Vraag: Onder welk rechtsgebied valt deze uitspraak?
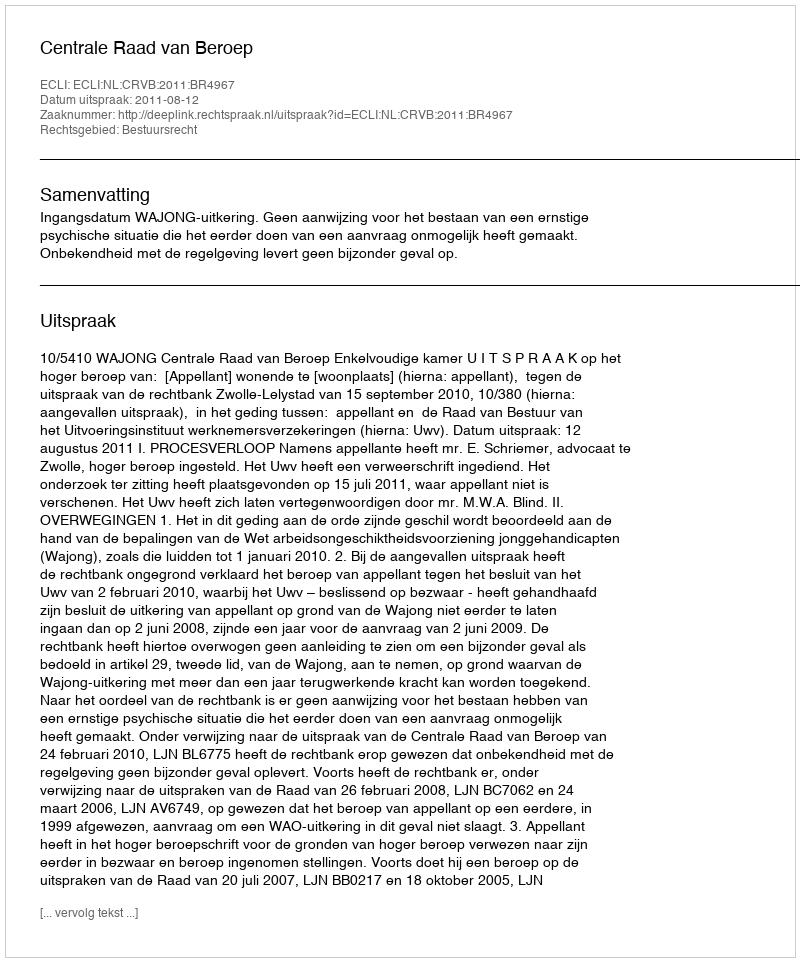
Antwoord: Bestuursrecht